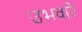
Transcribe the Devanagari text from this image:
उभवारे